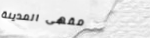
مقهى المدينة